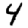
Digit: 4